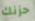
حزنك